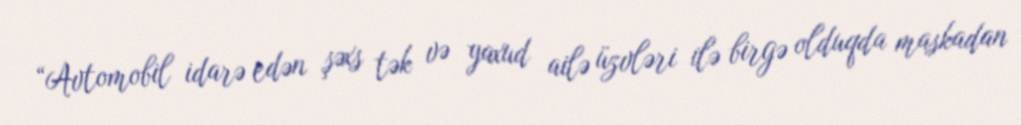
“Avtomobil idarə edən şəxs tək və yaxud ailə üzvləri ilə birgə olduqda maskadan